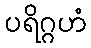
ပရိဂ္ဂဟံ